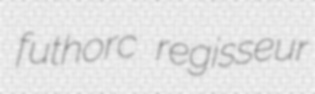
futhorc regisseur